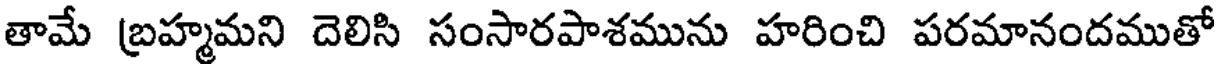
తామే బ్రహ్మమని దెలిసి సంసారపాశమును హరించి పరమానందముతో